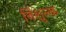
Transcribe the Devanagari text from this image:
निंशुल्क